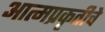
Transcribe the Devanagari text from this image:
आत्मप्रकृतीचे